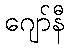
ဂျော်နီ